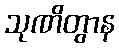
သုဏိတွာန